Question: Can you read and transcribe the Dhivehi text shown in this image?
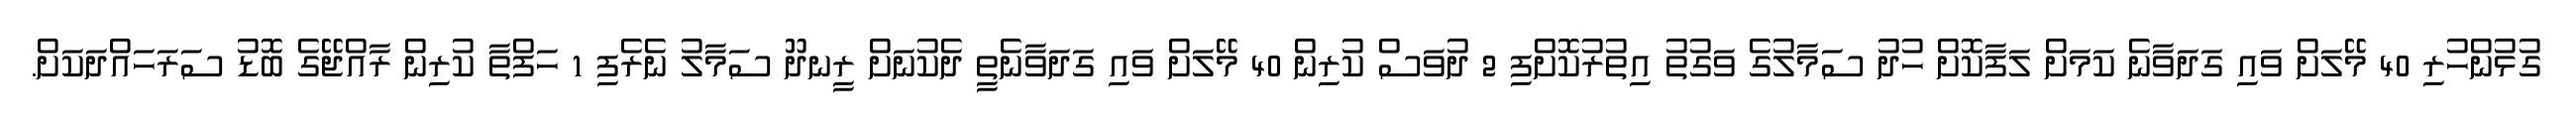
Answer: ގުޅުންހުރި 40 މޭލަށް ވައި ގަދަވާނެ ކަމަށް ލަފާކޮށް ހުދު ސަމާލުގެ ވަގުތު އިތުރުކޮށްފި 2 ދުވަސް ކުރިން 40 މޭލަށް ވައި ގަދަވާނެތީ ދެކުނަށް ރީނދޫ ސަމާލު ނެރެފި 1 ހަފްތާ ކުރިން ރާއްޖޭގެ ބޮޑު ސަރަހައްދަކަށް.